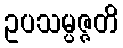
ဥပသမ္ပဇ္ဇတိ